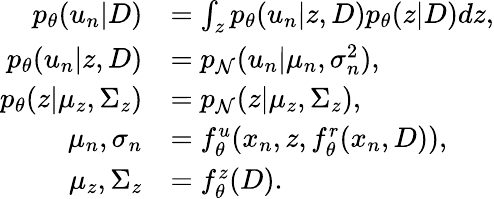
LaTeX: \begin{array}{rl}{p_{\theta}(u_{n}|D)}&{=\int_{z}p_{\theta}(u_{n}\vert z,D)p_{\theta}(z\vert D)dz,}\\ {p_{\theta}(u_{n}\vert z,D)}&{=p_{\mathcal{N}}(u_{n}|\mu_{n},\sigma_{n}^{2}),}\\ {p_{\theta}(z|\mu_{z},\Sigma_{z})}&{=p_{\mathcal{N}}(z|\mu_{z},\Sigma_{z}),}\\ {\mu_{n},\sigma_{n}}&{=f_{\theta}^{u}(x_{n},z,f_{\theta}^{r}(x_{n},D)),}\\ {\mu_{z},\Sigma_{z}}&{=f_{\theta}^{z}(D).}\end{array}